Vaccination in the Punjab 1867-1880 - 1867-1880
Year: 1867
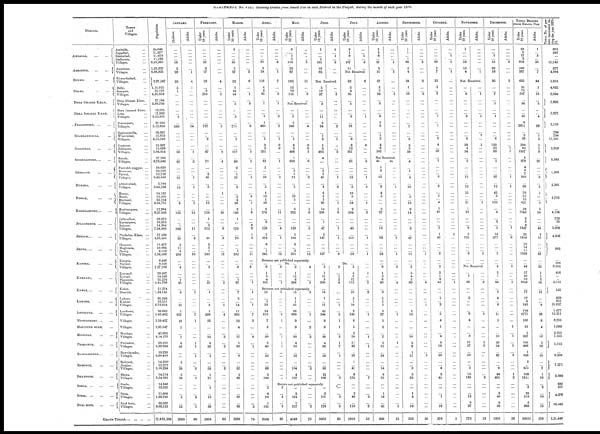
STATEMENT No. VIII. Showing Deaths from, Small Pox in each District in the Punjab, during the month of each year 1870.
Districts.
AMBALLA,
... ...
AMRITSUR, ... ...
BUNNU,
...
...
DELHI,
...
...
DERA GHAZEE KHAN,
DERA ISMAEEL KHAN,
FEROZEPORE, ...
...
GOJERANWALLA,
...
GOOJERAT,
...
...
GOORDASPORE,...
...
GURGAON,
... ...
HUZARA, ... ...
HISSAR, ... ...
HOSHEARPORE,
...
...
JULLUNDHUR,
...
...
JHELUM, ... ... ...
JHUNG,... ... ...
KANGRA, ... ...
KURNAUL, ... ...
KOHAT,
...
...
...
LAHORE, ... ...
LOODIANA,
MONTGOMERY, ...
MOZUFFUR GURH, ...
MOOLTAN,
PESHAWUR,
RAWULPINDEE,... ...
ROHTUCK, ... ...
SHAHPORE,
... ...
SIMLA,
...
...
...
SIRSA,
...
...
...
SYAL KOTE,
... ...
Towns
and
Villages.
Amballa, ...
Jugadhri, ...
Shahabad, ...
Sadhoura, ...
Villages, ...
Amritsur, ...
Villages, ...
Edwardsabad, ...
Villages, ...
Delhi, ...
Soneput, ...
Villages, ...
Dera Ghazee Khan,
Villages, ...
Dera Ismaeel Khan, ...
Leia, ...
Villages, ...
Ferozepore, ...
Villages, ...
Gojeranwalla, ...
Wuzirabad, ...
Villages, ...
Goojerat, ...
Jelalpore, ...
Villages, ...
Batala, ...
Villages, ...
Furrukh nuggur, ...
Rewaree, ...
Palwal, ...
Villages, ...
Abbottabad, ...
Villages, ...
Hissar, ...
Hansi, ...
Bhewani, ...
Villages, ...
Hoshearpore, ...
Villages, ...
Jullundhur, ...
Kartarpore, ...
Rahoon, ...
Villages, ...
Pindadun Khan, ...
Villages, ...
Chuneot, ...
Maghiana, ...
Jhung, ...
Villages, ...
Kangra, ...
Nurpur, ...
Villages, ...
Kurnaul,
...
Kythal, ...
Paneeput, ...
Villages, ...
Kohat, ...
District, ...
Lahore, ...
Kussur, ...
Villages, ...
Loodiana, ...
Villages, ...
Villages, ...
Villages, ...
Mooltan, ...
Villages, ...
Peshawur, ...
Villages, ...
Rawulpindee, ...
Villages, ...
Rohtuck, ...
Jhujjur, ...
Villages, ...
Bhera, ...
Villages, ...
Simla, ...
Villages, ...
Sirsa, ...
Villages, ...
Syal kote, ...
Villages, ...
GRAND TOTALS, ... ... .. ...
Population.
24,040
11,677
11,678
11,198
9,50,360
1,33,925
6,98,825
2,87,547
1,11,015
12,176
4,85,659
17,164
2,88,739
19,575
17,033
3,52,925
20,592
5,12,824
19,381
15,653
5,15,542
15,907
15,626
5,84,814
27,280
8,78,846
10,630
24,503
12,729
6,42,660
2,894
3,64,324
14,133
13,563
32,254
4,24,731
12,964
9,25,926
33,673
10,953
14,394
7,24,000
17,538
4,83,450
11,477
10,884
9,128
3,16,568
6,448
9,928
7,27,786
29,007
14,848
25,276
5,41,796
11,274
1,34,145
85,346
16,551
6,73,654
39,983
5,43,462
3,59,437
2,95,547
45,602
4,14,178
58,555
4,39,924
19,228
6,80,419
14,258
12,573
5,10,224
14,514
3,54,282
14,848
19,325
11,000
1,99,795
25,337
9,69,121
17,481,189
JANUARY.
Children.
...
...
...
...
16
2
28
23
5
1
...
...
...
...
...
1
...
580
...
...
...
...
...
38
...
87
...
...
...
31
...
14
...
...
...
6
...
133
...
...
1
586
...
35
2
11
6
208
...
...
4
...
...
1
25
...
6
...
...
10
1
627
19
1
...
7
6
48
...
...
1
...
29
5
36
...
...
...
5
...
53
2693
Adults.
...
...
...
...
...
...
1
4
1
...
...
...
...
...
...
...
...
14
...
...
...
...
...
1
...
2
...
...
...
1
...
1
...
...
...
1
...
12
...
...
...
11
...
2
...
...
...
10
...
...
...
...
...
...
...
...
1
...
...
...
...
7
1
...
...
...
1
1
...
1
...
..
3
...
1
...
...
...
2
...
1
80
FEBRUARY.
Under
10 years.
...
...
...
...
23
2
17
19
...
2
210
...
...
...
...
...
...
737
...
..
2
...
...
47
..
71
...
..
2
45
...
3
...
...
...
12
...
110
1
...
3
312
...
41
2
3
1
240
...
..
3
...
...
..
23
...
1
...
...
6
5
899
16
...
...
22
8
36
...
3
...
...
58
1
71
...
1
...
16
...
69
2954
Adults.
...
...
...
...
...
...
...
4
...
...
1
...
...
...
...
...
...
5
...
...
...
...
...
2
...
4
...
...
..
...
...
...
1
...
...
...
...
10
...
...
...
9
...
3
...
..
...
13
...
...
...
...
...
...
2
...
...
...
...
1
...
4
...
...
...
2
...
2
...
...
...
...
2
...
...
1
...
...
...
...
...
65
MARCH.
Under
10 years.
3
...
...
...
35
5
27
52
1
14
44
...
5
...
...
5
...
711
...
...
1
...
...
117
...
88
2
...
1
57
...
3
...
2
4
26
2
180
1
...
...
170
...
70
...
...
1
232
...
...
8
...
...
1
67
...
7
2
...
14
11
965
22
4
...
17
1
30
...
6
...
...
57
2
89
...
...
...
37
...
89
3288
Adults.
...
...
...
...
...
...
2
6
...
...
1
...
2
...
...
...
...
2
...
...
...
...
...
1
...
1
...
...
...
1
...
...
...
0
...
1
1
6
...
...
0
9
1
2
...
...
...
11
...
...
4
...
...
...
1
...
1
...
..
1
...
7
3
...
...
6
...
1
...
...
...
...
...
...
...
...
...
...
...
...
3
74
APRIL.
Under
10 years.
...
...
..
...
81
9
24
116
4
8
65
...
7
...
...
6
1
460
...
...
1
2
2
291
...
62
1
...
...
58
...
5
1
10
1
59
3
174
...
2
..
129
1
172
6
...
1
245
Adults.
...
...
...
...
4
...
1
7
...
...
3
...
1
...
...
2
...
2
...
...
1
0
0
...
...
1
...
..
...
1
...
...
...
...
...
...
...
11
...
...
...
4
...
1
...
...
...
12
MAY.
Under
10 years.
3
...
1
1
116
23
67
185
12
29
125
...
Adults.
„
...
„
„
3
...
...
11
...
..
2
...
Not Received.
...
...
7
2
248
...
...
5
6
8
406
1
602
...
3
1
74
...
5
...
16
5
...
3
252
...
...
...
129
1
164
2
...
2
231
...
...
...
...
4
...
...
...
0
0
1
...
6
...
...
...
2
...
...
...
...
...
...
1
6
...
...
...
5
...
...
...
...
...
13
JUNE.
Under
10 years.
1
...
...
1
161
19
82
Adults.
1
...
1
...
8
...
...
Not Received.
5
13
97
...
3
...
...
11
2
94
...
1
2
5
5
463
4
...
...
3
3
45
...
1
6
9
5
99
14
206
...
1
...
47
3
147
...
...
...
127
...
...
2
...
...
...
...
...
...
2
...
...
1
..
...
2
...
...
...
...
...
1
...
0
...
...
...
1
1
6
...
...
...
1
...
1
...
...
...
4
JULY.
Under
10 years.
9
1
9
...
107
11
Adults.
...
...
1
...
3
...
Not Received
62
2
4
81
...
5
...
...
3
...
16
...
...
9
8
12
261
...
61
...
...
...
19
...
5
10
5
...
54
2
104
...
...
...
40
...
151
...
...
...
58
8
...
...
...
...
...
...
...
1
...
...
...
...
...
0
...
...
...
6
...
...
...
1
...
0
...
...
...
1
...
3
...
...
...
...
...
1
...
...
..
1
Returns not published separately.
...
6
1
3
4
101
...
8
...
...
...
1
Do. ...
2
1
13
6
208
...
4
...
...
...
5
Returns not published separately.
21
...
1
32
24
813
7
3
...
30
2
40
...
23
...
...
68
3
100
...
2
8
70
1
131
3508
5
...
...
...
...
3
1
...
...
1
1
1
...
...
...
...
...
...
...
13
1
1
45
28
909
9
9
...
50
4
63
...
32
...
...
104
4
127
3
...
...
...
...
1
...
2
...
2
...
...
...
...
...
...
2
...
...
...
2
1
11
9
206
...
14
1
...
17
42
344
9
6
...
39
4
56
...
38
...
...
86
12
166
Return not published separately.
2
...
4
...
3
81
...
3
164
1
117
4149
...
...
...
...
2
75
...
2
101
...
179
3033
3
...
1
2
6
...
...
...
1
...
3
1
1
...
3
1
7
...
1
...
...
...
...
3
...
...
...
2
...
3
65
Do. ...
2
4
6
17
113
...
10
3
1
10
9
143
6
5
2
24
11
42
...
26
1
...
41
9
155
...
...
2
49
...
110
1910
...
...
1
...
...
5
...
2
...
...
...
...
1
...
...
...
1
...
1
...
...
...
...
...
...
7
...
...
...
2
...
2
53
AUGUST.
Under
10 years.
2
3
6
...
97
5
11
37
3
2
34
...
3
...
...
3
1
3
...
1
2
4
6
103
Adults.
...
...
...
...
1
...
l
...
...
...
1
...
...
...
...
...
...
...
...
...
...
...
...
...
Not Received.
do.
1
2
...
13
...
9
4
2
...
...
5
37
...
...
...
13
...
59
...
...
...
24
...
...
6
1
3
8
90
...
3
1
1
1
3
37
5
2
...
7
5
12
...
24
...
...
14
8
52
...
...
1
18
...
43
840
do.
...
...
...
...
...
l
...
...
...
...
...
...
...
...
...
...
...
1
...
...
...
1
...
...
2
...
...
...
4
...
...
...
...
...
...
1
...
...
...
...
1
...
...
...
...
...
...
...
...
...
...
...
...
...
1
15
SEPTEMBER.
Under
10 years.
1
1
...
1
99
3
4
24
1
...
18
...
...
...
...
...
...
1
...
...
2
2
3
39
4
...
1
...
4
...
10
...
5
...
13
3
14
...
...
...
3
....
47
...
...
...
11
...
...
3
5
4
2
80
...
...
...
...
...
1
13
...
...
...
10
2
9
1
17
...
...
3
5
33
...
...
1
4
...
16
523
Adults.
...
...
...
...
3
...
...
2
...
...
2
...
...
...
...
...
...
...
...
...
...
...
...
...
...
...
...
...
..
...
...
...
...
...
...
...
...
...
...
...
...
...
...
...
...
...
...
1
...
...
...
...
...
...
6
...
...
...
...
1
..
...
...
...
...
...
...
...
...
5
...
...
...
...
...
...
...
...
...
...
...
20
OCTOBER.
Under
10 years.
...
...
...
...
49
5
7
22
2
...
9
...
...
...
...
1
...
1
...
...
2
4
...
20
...
1
...
...
...
6
...
6
...
1
...
4
1
10
...
...
...
7
1
40
...
...
...
2
...
...
2
2
1
4
43
...
...
1
...
2
. .
5
4
1
...
3
3
19
...
20
...
...
4
3
41
...
...
...
1
...
16
376
Adults.
...
...
1
...
1
...
1
...
...
...
...
...
...
...
...
...
...
...
...
...
...
...
...
...
...
...
...
...
...
...
...
...
...
...
...
...
...
...
...
...
...
...
1
...
...
...
...
...
...
...
...
...
...
...
1
...
..
...
...
...
...
...
...
...
...
..
...
...
...
...
...
...
...
...
...
...
...
...
...
...
...
5
NOVEMBER.
Under
10 years.
1
...
...
...
19
13
4
Adults.
...
... ...
...
...
...
1
Not Received.
...
..
6
...
...
...
...
2
...
...
...
...
6
39
4
34
...
2
...
...
...
13
...
12
13
...
...
21
1
12
...
...
...
6
5
125
...
...
...
6
...
...
...
...
1
...
...
...
...
1
...
...
...
1
...
1
...
...
...
...
...
...
...
...
...
...
...
...
...
1
...
...
...
...
...
...
...
...
...
...
...
1
...
...
Not Received.
...
1
26
...
...
2
...
...
...
9
4
...
...
8
31
57
...
50
...
...
5
13
180
...
...
...
13
2
27
772
...
...
...
2
...
...
...
...
...
...
1
...
...
...
...
1
5
...
..
...
...
...
...
3
...
...
...
...
...
...
19
DECEMBER.
Under
10 years.
...
...
1
...
15
63
16
95
...
...
7
...
1
...
...
1
...
...
...
...
6
130
22
88
...
1
...
...
...
27
...
12
42
2
...
133
...
4
...
2
...
5
14
377
...
...
...
5
...
...
6
2
1
...
66
...
2
6
...
6
...
11
5
...
...
10
29
54
...
87
...
...
6
44
461
...
...
3
40
2
38
1955
Adults.
...
...
...
...
2
...
...
2
...
...
...
...
...
...
...
...
...
...
...
...
...
...
1
1
...
..
...
...
...
1
...
1
...
...
...
...
...
...
...
...
...
1
...
6
...
...
...
...
...
...
1
...
..
...
1
...
...
...
...
...
...
...
...
1
...
1
...
1
...
3
...
...
...
1
2
...
...
...
...
...
...
26
TOTAL DEATHS
FROM SMALL POX.
Under
10 years.
20
5
17
3
818
160
287
635
35
73
507
...
24
...
...
40
6
2851
...
2
38
200
62
1907
5
479
4
9
7
392
...
88
76
52
15
427
34
1243
2
5
4
1447
25
1428
12
14
11
1389
...
...
44
17
43
52
1048
...
77
17
4
143
124
4775
106
31
2
227
106
466
1
326
2
...
475
109
1511
...
3
20
518
6
888
26001
Adults.
1
...
3
...
25
...
7
44
1
...
13
...
3
...
...
4
29
...
1 2
1
1
8
...
20
...
...
...
8
...
3
1
...
...
5
3
54
...
...
...
40
2
17
...
...
...
67
...
...
22
1
1
2
34
...
12
...
...
4
...
28
6
4
...
16
5
19
...
10
...
...
7
1
16
...
2
...
10
...
15
578
TOTAL NO. of per-
sons vaccinated du-
ring the year 1870-
71.
601
241
...
...
17,745
877
4,094
1,952
4,622
...
6,094
5,693
3,977
3,110
796
790
11,181
3,919
3,582
1,368
2,361
4,756
...
4,124
753
35
...
3,908
4,606
902
...
366
8,082
456
...
..
2,133
145
669
831
21,637
1,077
12,251
8,731
1,099
2,151
1,355
1,115
...
8,206
7,271
3,880
665
321
4,276
18,342
2,21,449